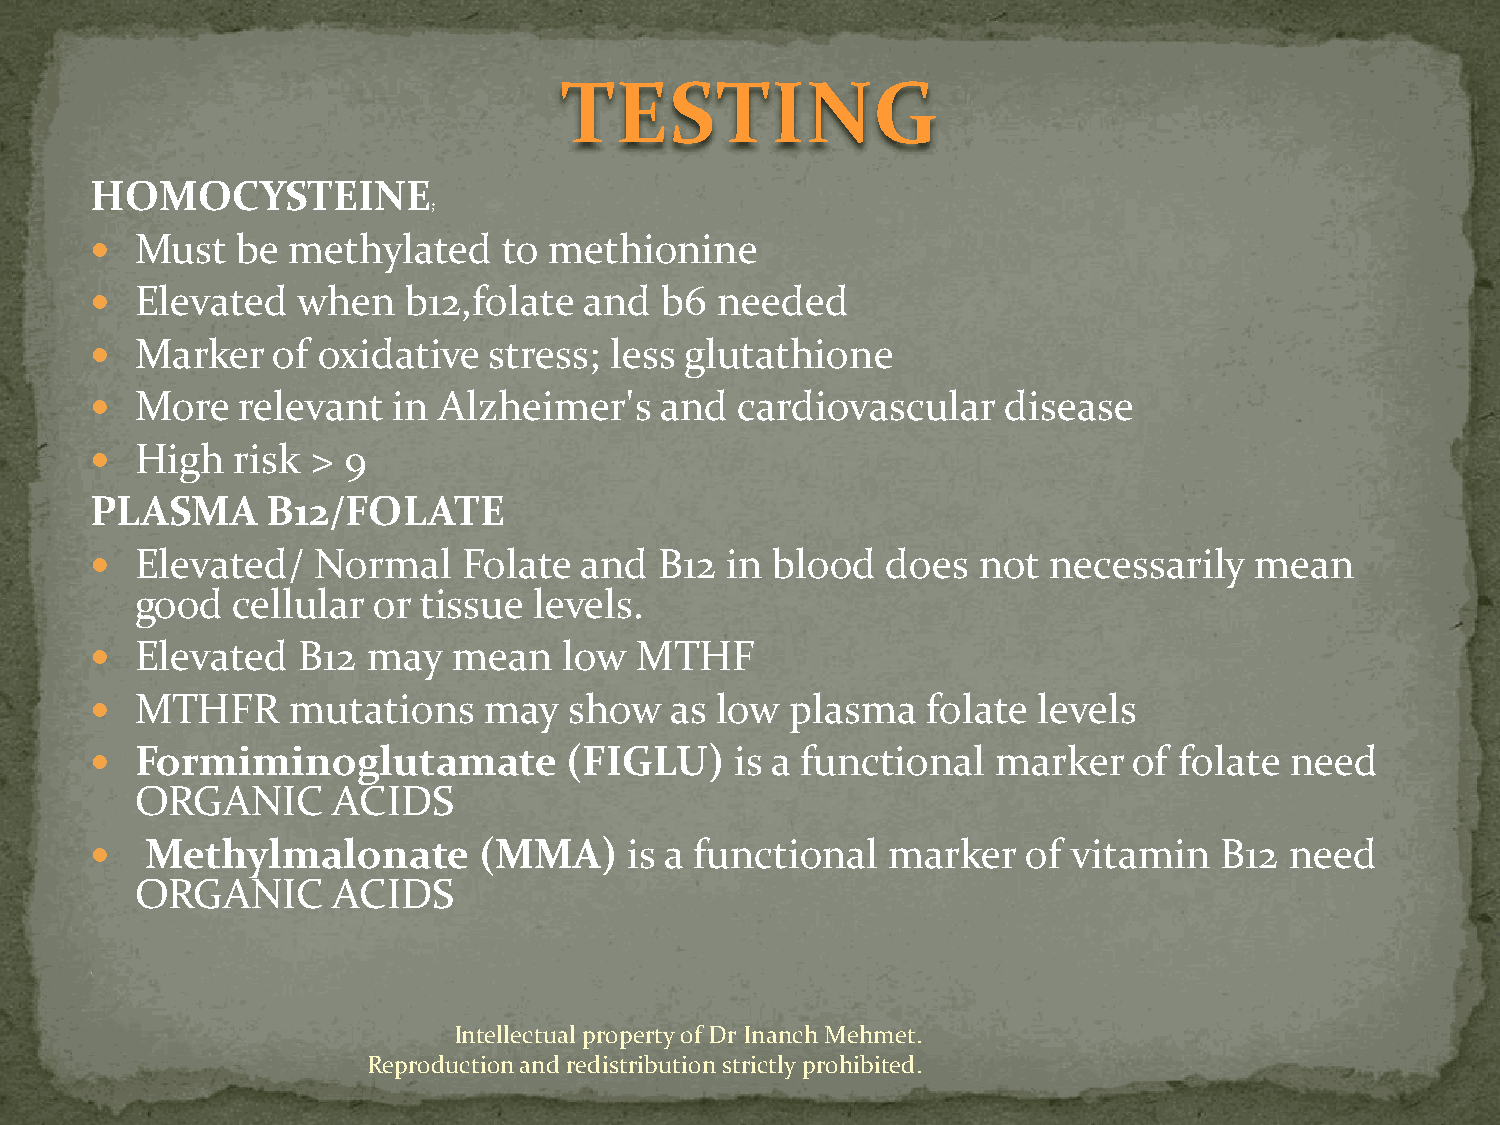
TESTING
 HOMOCYSTEINE
 ;
   Must   be methylated    to methionine
   Elevated   when   b12,folate  and  b6 needed
   Marker   of oxidative  stress; less glutathione
   More   relevant  in Alzheimer's    and  cardiovascular    disease
   High  risk  > 9
 PLASMA      B12/FOLATE
   Elevated/   Normal    Folate and   B12 in blood   does  not necessarily   mean
 good  cellular  or tissue levels.
   Elevated   B12 may   mean   low  MTHF
   MTHFR     mutations    may   show  as low  plasma   folate  levels
   Formiminoglutamate          (FIGLU)     is a functional  marker   of folate need
 ORGANIC      ACIDS
    Methylmalonate        (MMA)     is a functional  marker   of vitamin   B12 need
 ORGANIC      ACIDS
 
 Intellectual property of Dr Inanch Mehmet.
 Reproduction and redistribution strictly prohibited.